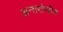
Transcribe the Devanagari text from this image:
अन्तर्राष्त्रीय